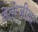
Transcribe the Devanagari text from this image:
नेतोजीला